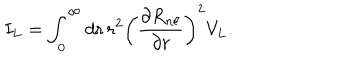
I _ { L } = \int _ { 0 } ^ { \infty } d r \, r ^ { 2 } \left( \frac { \partial R _ { n \ell } } { \partial r } \right) ^ { 2 } V _ { L } .